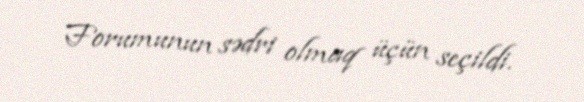
Forumunun sədri olmaq üçün seçildi.